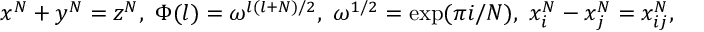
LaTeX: x ^ { N } + y ^ { N } = z ^ { N } , ~ \Phi ( l ) = \omega ^ { l ( l + N ) / 2 } , ~ \omega ^ { 1 / 2 } = \exp ( \pi i / N ) , { } ~ x _ { i } ^ { N } - x _ { j } ^ { N } = x _ { i j } ^ { N } ,